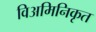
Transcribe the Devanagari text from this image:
विअमिनिकृत